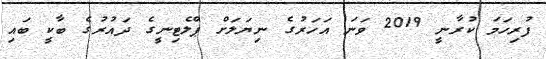
ފުރިހަމަ ކުރާނީ 2019 ވަނަ އަހަރުގެ ނިޔަލަށް ޕްލެޓިނީގެ ދައުރުގެ ބާކީ ބައި